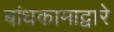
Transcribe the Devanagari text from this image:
बांधकामाद्वारे